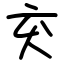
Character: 𫝅